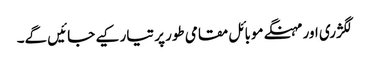
لگژری اور مہنگے موبائل مقامی طور پر تیار کیے جائیں گے۔